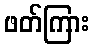
ဖတ်ကြား